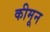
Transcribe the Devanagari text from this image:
कीमून